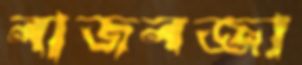
লাজলজ্জা